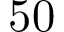
5 0